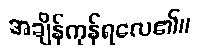
အချိန်ကုန်ရလေ၏။